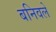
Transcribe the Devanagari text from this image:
बनिवले